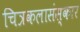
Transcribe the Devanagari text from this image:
चित्रकलासंस्कार